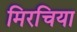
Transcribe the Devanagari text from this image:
मिरचिया